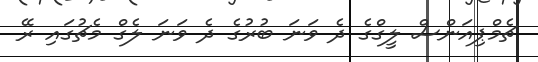
ޗެމްޕިއަންސް ލީގްގެ ދެ ވަނަ ބުރުގެ ދެ ވަނަ ލެގް މެޗުގައި ރޭ